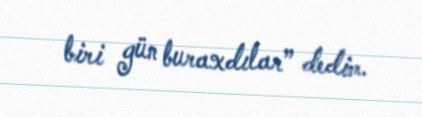
biri gün buraxdılar” dedim.